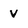
Character: v